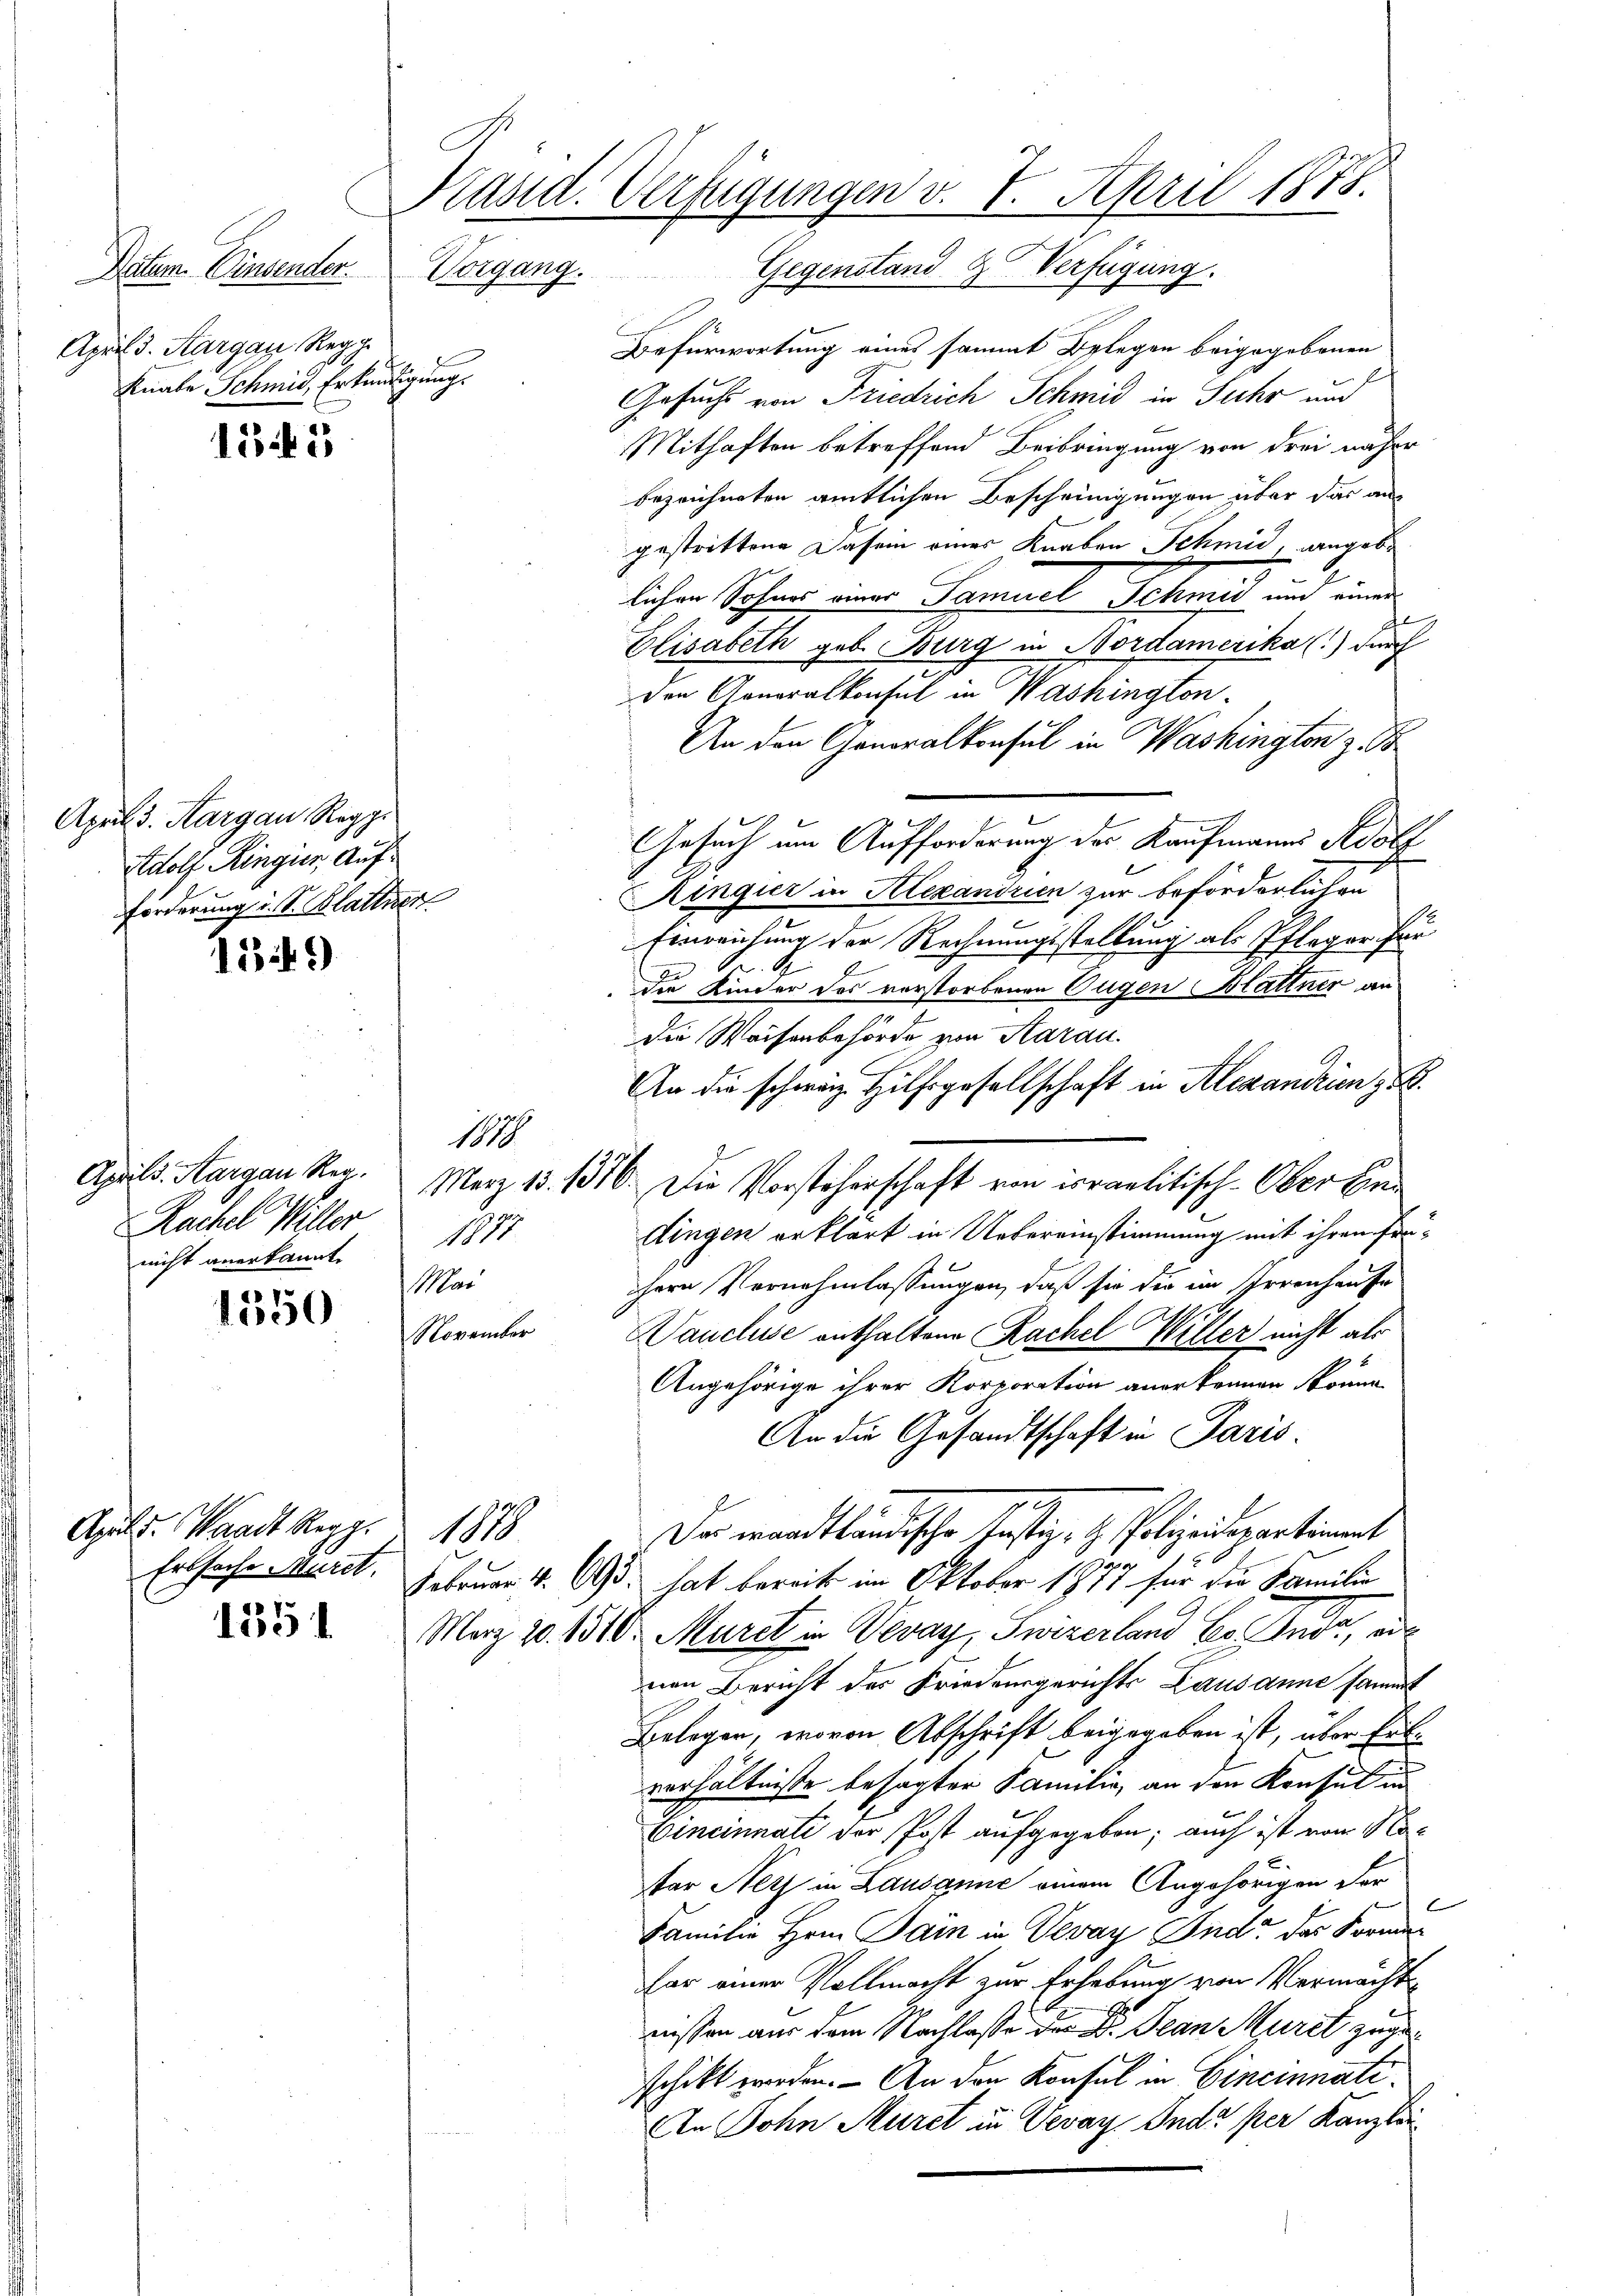
April d. Aargau, Regg
Kinate Schmid, Erkundigung.

15

April 3. Aargau Regg.
Adolf Ringier, Auf¬
Forderung i. S. Blattner

1349)

187
Aprils. Aargau Reg.
Rachel Willer
1877.
nicht anerkannt.
Mar
1350
November

Präsid. Verfügungen v. 7. April 1878.
Datum. Einsender. Vorgang. Gegenstand- & Verfügung.

Apild. Waadt Regg. 1878
1351

Befürwortung eines sammt Belegen beigegebenen
Gesuchs von Friedrich Schmid in Jahr und
Mithaften betreffend Beibringung von drei näher
bezeichneten amtlichen Bescheinigungen über das angestrittene Dasein eines Knaben Schmid, angebe
.
|
lichen Sohnes einer Samuel Schmid an einer
Elisabeth geb. Burg in Nordamerika (!) durch
den Honoralkonsul in Washington
An den Generalkonsul in Washington z. B
Gesuch um Aufforderung der Kaufmanns Adolf
Ringer in Alexandrien zur beförderlichen
Einreichung der Rechnungsstellung als Pfleger für
die Kinder des vorstorbenen Eugen Blattner an
die Waisenbehörde von Aarau
An die schweiz. Hilfsgesellschaft in Alexandrien,
dingen erklärt in Uebereinstimmung mit ihrem frühern Vernehmlassungen, daß sie die im Irrenhause
Vaucluse enthaltene Rachel Willer nicht als
Angehörige ihrer Korporation anerkennen könne.
An die Gesandtschaft in Paris.
Der waadtländische Justiz- & Polizeidepartiment
Ertsache Mauret. Februar 4. 693. hat bereits im Oktober 1877 für die Familie
März 20. 1310. Müret in Vevay, Swizerland es Anda, ei
nen Bericht des Friedensgerichts Lausanne sammt
Belegen, wovon Abschrift beigegeben ist, über Entverhältnisse besagter Familie, an den Konsul in
Cincinnati der Post aufgegeben; auch ist von No¬
Par Herz in Lausanne einem Angehörigen der
Familie Hrn. Pam in Vevay und der Formen
for einer Vollmacht zur Erhebung von Vermacht
nissen aus dem Nachlasse der Dr. Jean Muret zugeschikt werden. - An den Konsul in Cincinnati¬
An Sohn Muret in Vevey Indo per Kanzlei

März 18. 1376. Die Vorsteherschaft von irraelitisch-Ober Ein